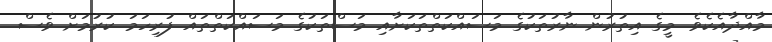
މާއްދާއެކެވެ. މީގެ އިތުރުން ނާރުތަކުގެ މަސައްކަތްތަކަށާއި މަސްތަކުގެ މަސައްކަތްތައް ފުރިހަމަ ކުރުމަށް ވެސް